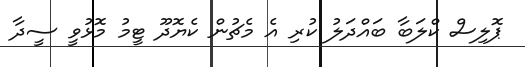
ޕޮލިސް ކްލަބާ ބައްދަލު ކުރި އެ މެޗުން ކެޔޮދޫ ޓީމު މޮޅުވީ ސީދާ